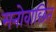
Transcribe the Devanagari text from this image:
मनोवाछिंत